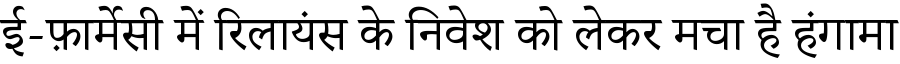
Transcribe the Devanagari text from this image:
ई-फ़ार्मेसी में रिलायंस के निवेश को लेकर मचा है हंगामा